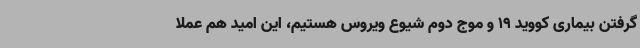
گرفتن بیماری کووید 19 و موج دوم شیوع ویروس هستیم، این امید هم عملا